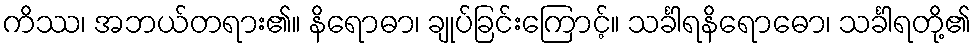
ကိဿ၊ အဘယ်တရား၏။ နိရောဓာ၊ ချုပ်ခြင်းကြောင့်။ သင်္ခါရနိရောဓော၊ သင်္ခါရတို့၏